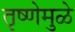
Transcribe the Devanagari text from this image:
तृष्णेमुळे